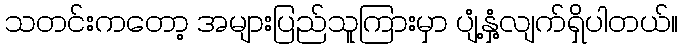
သတင်းကတော့ အများပြည်သူကြားမှာ ပျံ့နှံ့လျက်ရှိပါတယ်။